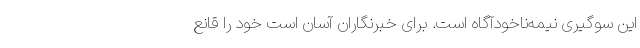
این سوگیری نیمه‌ناخودآگاه است. برای خبرنگاران آسان است خود را قانع